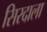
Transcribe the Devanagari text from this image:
सिरदाला